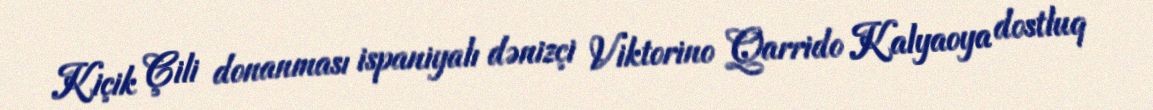
Kiçik Çili donanması ispaniyalı dənizçi Viktorino Qarrido Kalyaoya dostluq